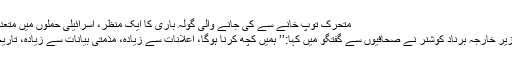
متحرک توپ خانے سے کی جانے والی گولہ باری کا ایک منظر، اسرائیلی حملوں میں متعدد شہری ہلاک ہوئے ہیں
اس سے قبل فرانسیسی وزیر خارجہ برناد کوشنر نے صحافیوں سے گفتگو میں کہا:’’ ہمیں کچھ کرنا ہوگا، اعلانات سے زیادہ، مذمتی بیانات سے زیادہ، تاریخی یاددہانیوں سے زیادہ۔